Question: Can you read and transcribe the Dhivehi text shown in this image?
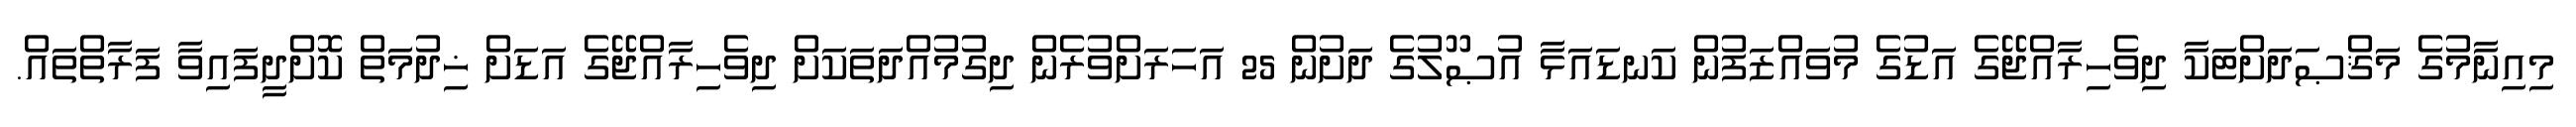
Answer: މިއިނާމުގެ މަޤްޞަދަށްޓަކާ ދިވެހިރާއްޖޭގެ އަޑުގެ މުވައްޒަފުން ކަނޑައަޅާ އުޞޫލުގެ ދަށުން 25 އަހަރަށްވުރެން ދިގުމުއްދަތަކަށް ދިވެހިރާއްޖޭގެ އަޑަށް ޚިދުމަތް ކޮށްދީފައިވާ ފަރާތްތައް.